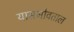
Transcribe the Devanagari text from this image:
यासभोवताल